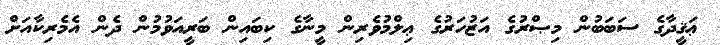
ޢަޤީދާގެ ސަބަބުން މިޞްރުގެ އަޒުހަރުގެ ޢިލްމުވެރިން މީނާގެ ކިބައިން ބަރީއަވުމުން ދެން އެމެރިކާއަށް